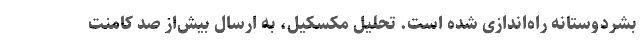
بشردوستانه راه‌اندازی شده‌ است. تحلیل مکسکیل، به ارسال بیش‌از صد کامنت